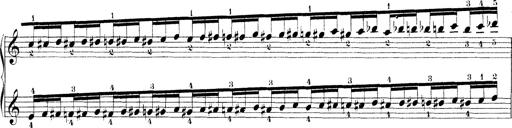
Title: Technische Studien
Composer: Franz Liszt